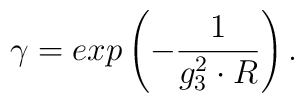
\gamma = exp \left( - \frac {1}{g_3^2 \cdot R} \right).